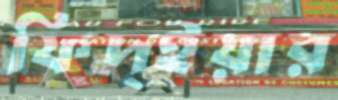
ফিদ্ইয়ার